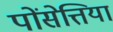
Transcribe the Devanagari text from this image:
पोंसेत्तिया